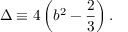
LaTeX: \Delta \equiv 4 \left( b ^ { 2 } - \frac { 2 } { 3 } \right) .